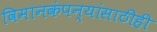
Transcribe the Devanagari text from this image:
विमानकंपन्यांसाठीही